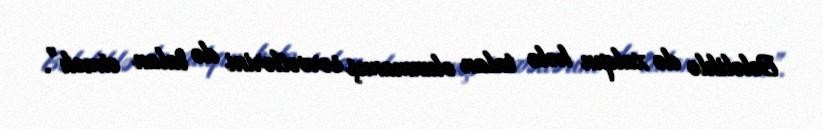
Beləliklə də xalqın hələ talan olunmamış sərvətlərini də talan etmək”.